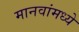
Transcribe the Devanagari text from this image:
मानवांमध्ये